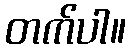
တက်ပါ။